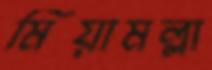
মিয়ামল্লা